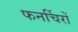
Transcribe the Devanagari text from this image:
फनर्चिरों